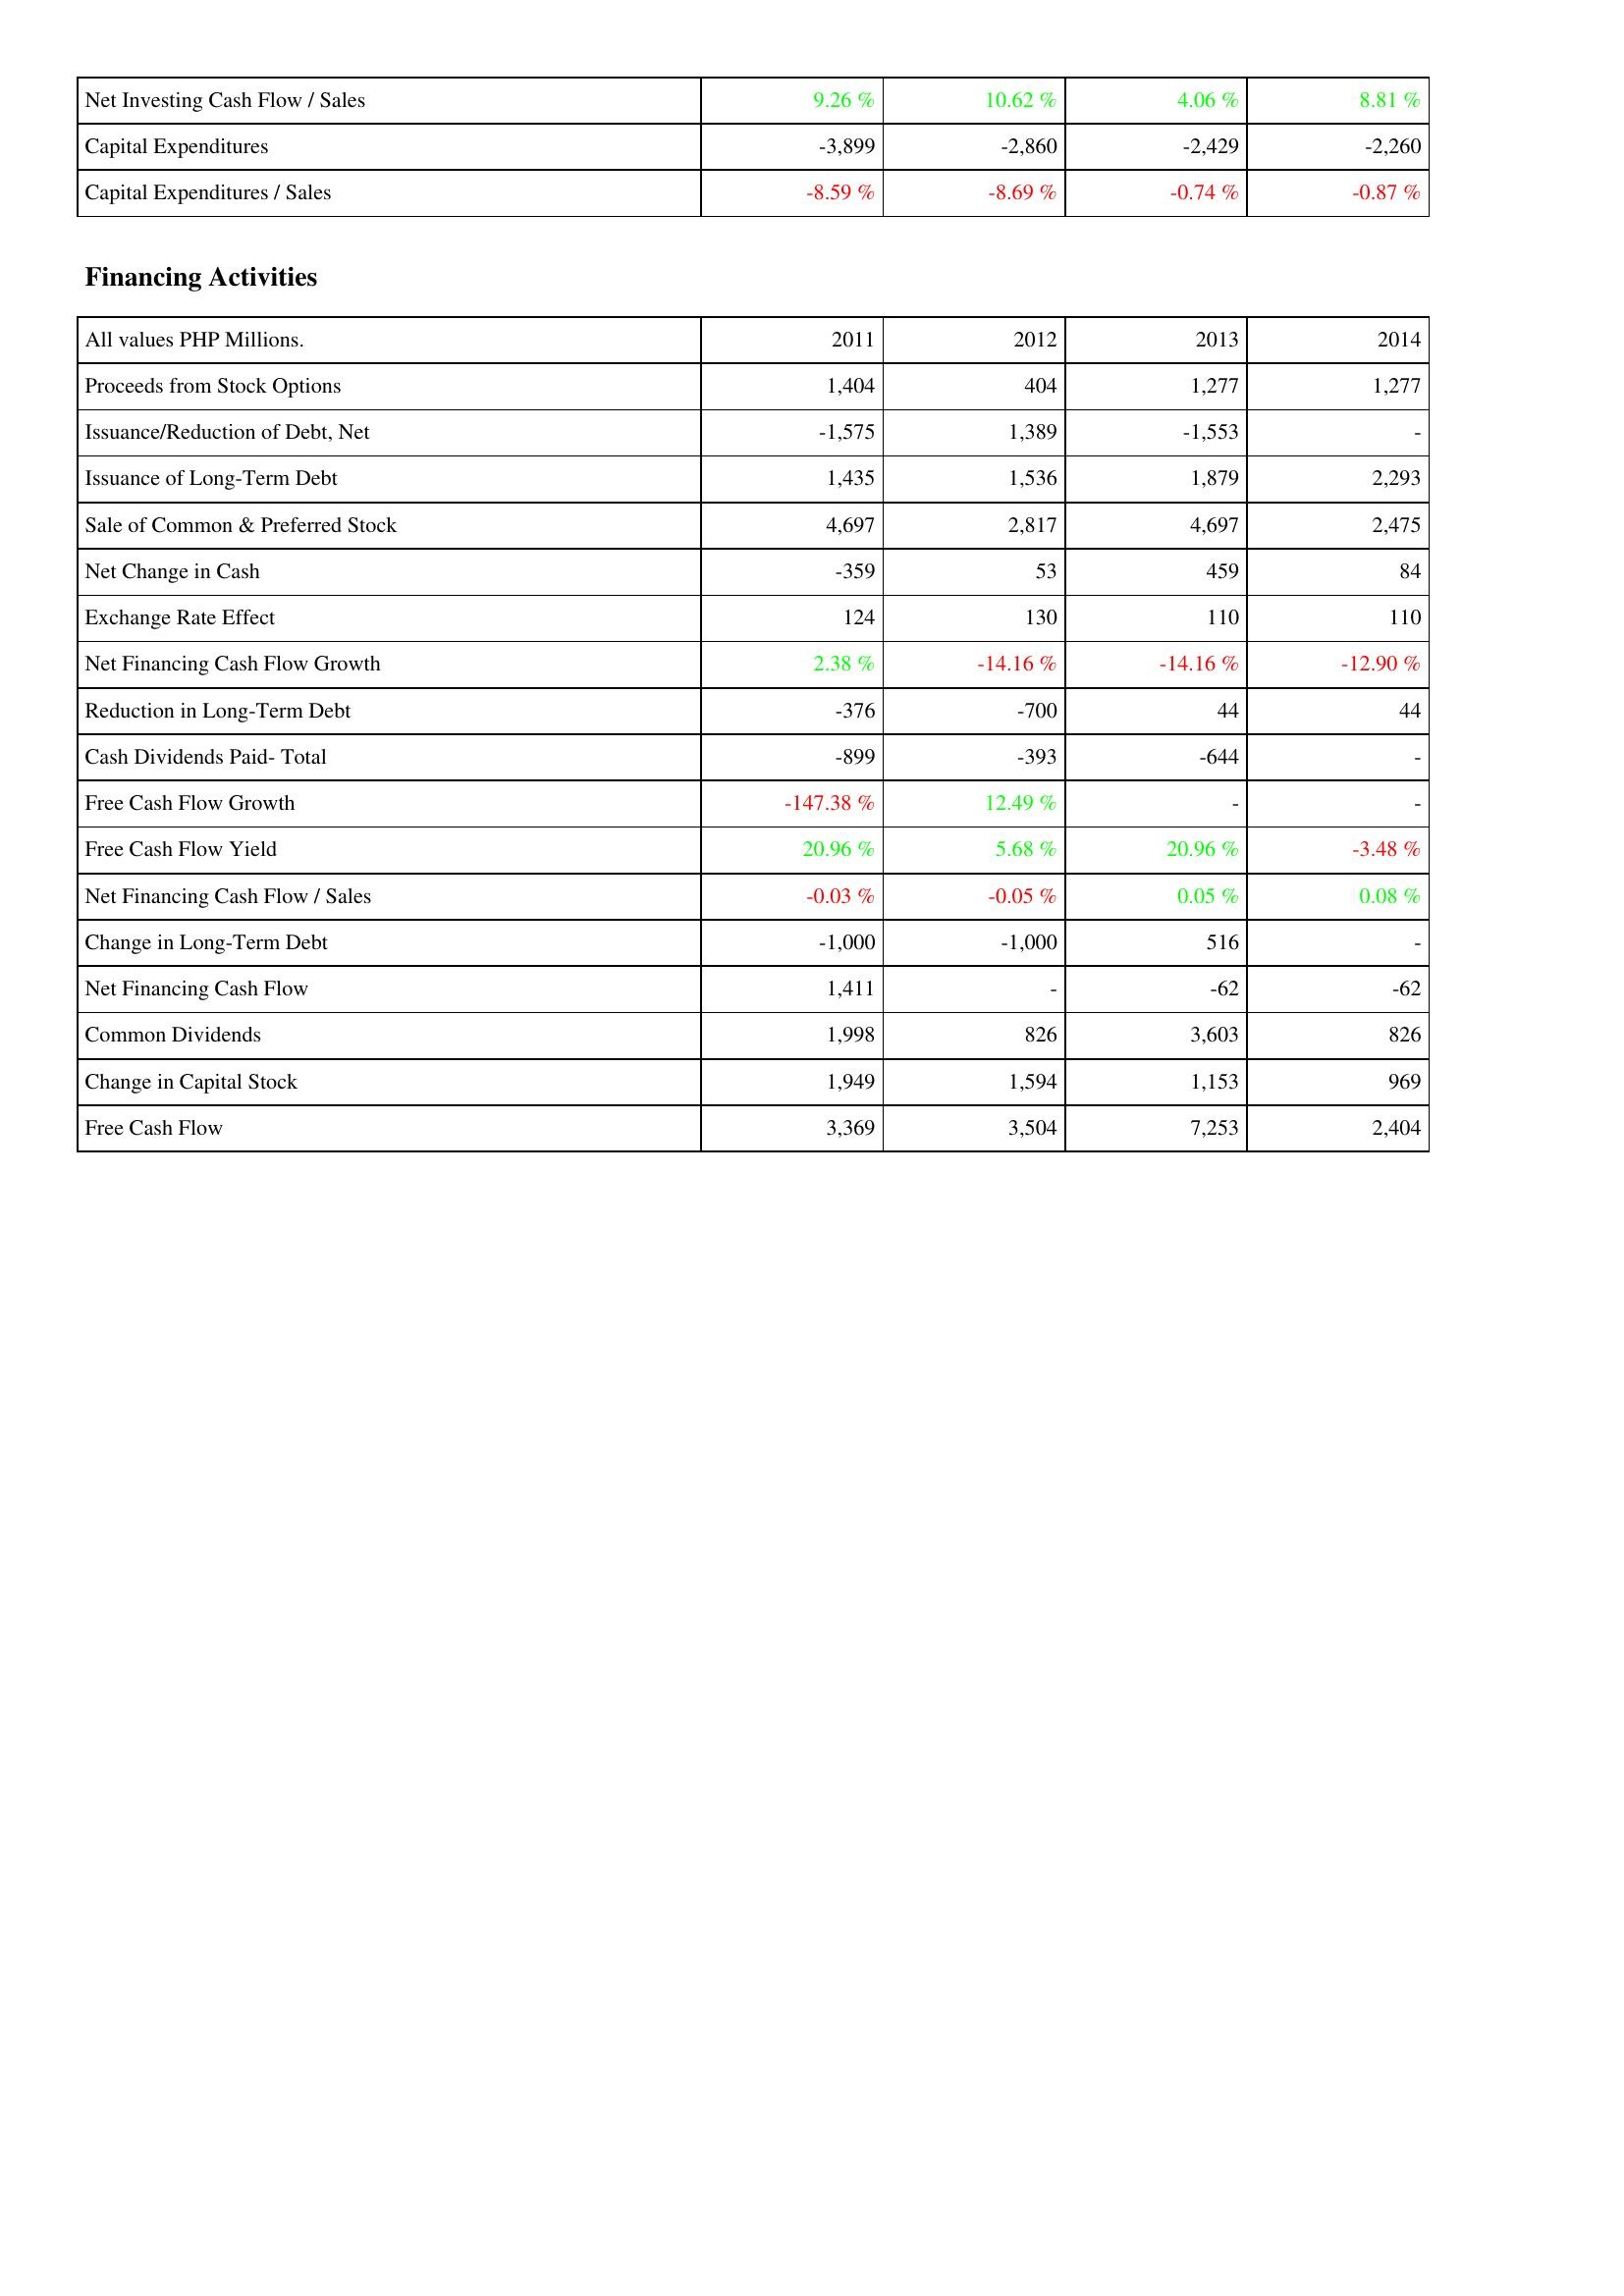
2011: Investing Activities: Net Investing Cash Flow / Sales: 9.26 %
Capital Expenditures: -3,899
Capital Expenditures / Sales: -8.59 %
Financing Activities: Proceeds from Stock Options: 1,404
Issuance/Reduction of Debt, Net: -1,575
Issuance of Long-Term Debt: 1,435
Sale of Common & Preferred Stock: 4,697
Net Change in Cash: -359
Exchange Rate Effect: 124
Net Financing Cash Flow Growth: 2.38 %
Reduction in Long-Term Debt: -376
Cash Dividends Paid- Total: -899
Free Cash Flow Growth: -147.38 %
Free Cash Flow Yield: 20.96 %
Net Financing Cash Flow / Sales: -0.03 %
Change in Long-Term Debt: -1,000
Net Financing Cash Flow: 1,411
Common Dividends: 1,998
Change in Capital Stock: 1,949
Free Cash Flow: 3,369
2012: Investing Activities: Net Investing Cash Flow / Sales: 10.62 %
Capital Expenditures: -2,860
Capital Expenditures / Sales: -8.69 %
Financing Activities: Proceeds from Stock Options: 404
Issuance/Reduction of Debt, Net: 1,389
Issuance of Long-Term Debt: 1,536
Sale of Common & Preferred Stock: 2,817
Net Change in Cash: 53
Exchange Rate Effect: 130
Net Financing Cash Flow Growth: -14.16 %
Reduction in Long-Term Debt: -700
Cash Dividends Paid- Total: -393
Free Cash Flow Growth: 12.49 %
Free Cash Flow Yield: 5.68 %
Net Financing Cash Flow / Sales: -0.05 %
Change in Long-Term Debt: -1,000
Net Financing Cash Flow: -
Common Dividends: 826
Change in Capital Stock: 1,594
Free Cash Flow: 3,504
2013: Investing Activities: Net Investing Cash Flow / Sales: 4.06 %
Capital Expenditures: -2,429
Capital Expenditures / Sales: -0.74 %
Financing Activities: Proceeds from Stock Options: 1,277
Issuance/Reduction of Debt, Net: -1,553
Issuance of Long-Term Debt: 1,879
Sale of Common & Preferred Stock: 4,697
Net Change in Cash: 459
Exchange Rate Effect: 110
Net Financing Cash Flow Growth: -14.16 %
Reduction in Long-Term Debt: 44
Cash Dividends Paid- Total: -644
Free Cash Flow Growth: -
Free Cash Flow Yield: 20.96 %
Net Financing Cash Flow / Sales: 0.05 %
Change in Long-Term Debt: 516
Net Financing Cash Flow: -62
Common Dividends: 3,603
Change in Capital Stock: 1,153
Free Cash Flow: 7,253
2014: Investing Activities: Net Investing Cash Flow / Sales: 8.81 %
Capital Expenditures: -2,260
Capital Expenditures / Sales: -0.87 %
Financing Activities: Proceeds from Stock Options: 1,277
Issuance/Reduction of Debt, Net: -
Issuance of Long-Term Debt: 2,293
Sale of Common & Preferred Stock: 2,475
Net Change in Cash: 84
Exchange Rate Effect: 110
Net Financing Cash Flow Growth: -12.90 %
Reduction in Long-Term Debt: 44
Cash Dividends Paid- Total: -
Free Cash Flow Growth: -
Free Cash Flow Yield: -3.48 %
Net Financing Cash Flow / Sales: 0.08 %
Change in Long-Term Debt: -
Net Financing Cash Flow: -62
Common Dividends: 826
Change in Capital Stock: 969
Free Cash Flow: 2,404